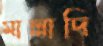
মাল্লাদি